Bombay plague: being a history of the progress of plague in the Bombay presidency from September 1896 to June 1899
Year: 1896
Disease focus: Plague
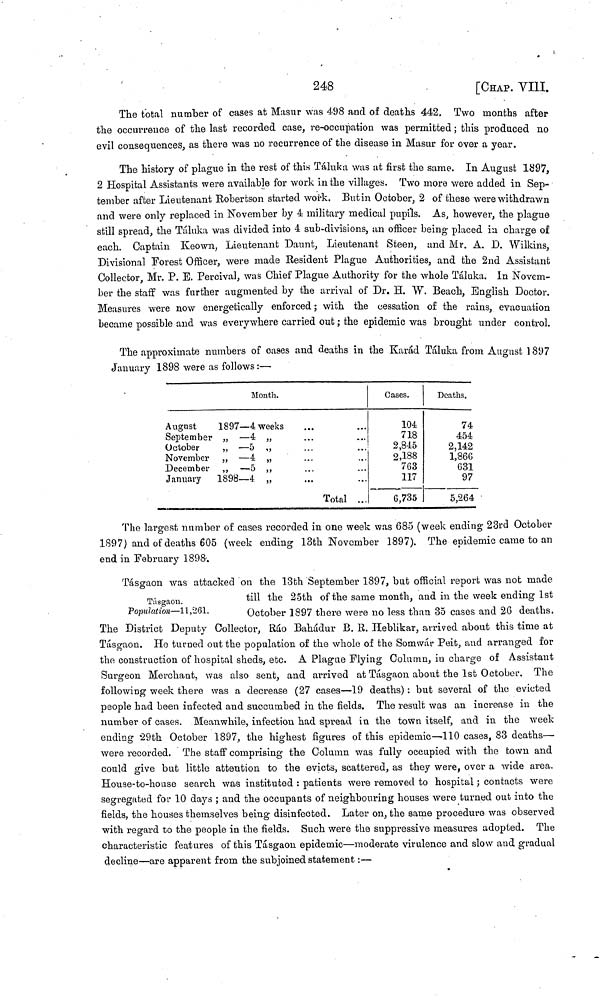
248
[CHAP. VIII.
The total number of cases at Masur was 498 and of deaths 442, Two months after
the occurrence of the last recorded case, re-occupation was permitted ; this produced no
evil consequences, as there was no recurrence of the disease in Masur for over a year.
The history of plague in the rest of this Táluk a was at first the same. In August 1897,
2 Hospital Assistants were available for work in the villages. Two more were added in Sep-
tember after Lieutenant Robertson started work. But in October, 2 of these were withdrawn
and were only replaced in November by 4 military medical pupils. As, however, the plague
still spread, the Táluka was divided into 4 sub-divisions, an officer being placed in charge of
each. Captain Keown, Lieutenant Daunt, Lieutenant Steen, and Mr. A. D. Wilkins,
Divisional Forest Officer, were made Resident Plague Authorities, and the 2nd Assistant
Collector, Mr. P. E. Percival, was Chief Plague Authority for the whole Táluka. In Novem-
ber the staff was further augmented by the arrival of Dr. H. W. Beach, English Doctor.
Measures were now energetically enforced ; with the cessation of the rains, evacuation
became possible and was everywhere carried out ; the epidemic was brought under control.
The approximate numbers of oases and deaths in the Karád Táluka from August 1897
January 1898 were as follows:—
Month.
August
September
October
November
December
January
1897—4
„ -4
,,
,,
__ 4
,,
— 5
1898—4
weeks
...
...
...
...
...
...
...
Total ...
Gases.
104
718
2,845
2,188
763
117
6,735
Deaths.
74
454
2,142
1,866
631
97
5,264
The largest number of cases recorded in one week was 685 (week ending 23rd October
1897) and of deaths 605 (week ending 13th November 1897). The epidemic came to an
end in February 1898.
Tásgaon.
Population—11,261.
Tásgaon was attacked on the 13th September 1897. but official report was not made
till the 25th of the same month, and in the week ending 1st
October 1897 there were no less than 35 cases and 26 deaths.
The District Deputy Collector, Rao Bahadur B. R. Heblikar, arrived about this time at
Tásgaon. He turned out the population of the whole of the Somwár Peit, and arranged for
the construction of hospital sheds, etc. A Plague Flying Column, in charge of Assistant
Surgeon Merchant, was also sent, and arrived at Tásgaon about the 1st October. The
following week there was a decrease (27 cases—19 deaths) : but several of the evicted
people had been infected and succumbed in the fields. The result was an increase in the
number of cases. Meanwhile, infection had spread in the town itself, and in the week
ending 29th October 1897, the highest figures of this epidemic—110 cases, 83 deaths—
were recorded. The staff comprising the Column was fully occupied with the town and
could give but little attention to the evicts, scattered, as they were, over a wide area.
House-to-house search was instituted : patients were removed to hospital ; contacts were
segregated for 10 days ; and the occupants of neighbouring houses were turned out into the
fields, the houses themselves being disinfected. Later on, the same procedure was observed
with regard to the people in the fields. Such were the suppressive measures adopted. The
characteristic features of this Tásgaon epidemic—moderate virulence and slow and gradual
decline—are apparent from the subjoined statement :—